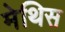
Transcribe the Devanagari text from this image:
मेथिस